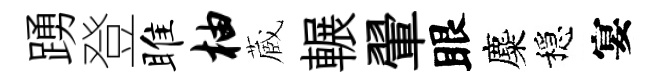
踴登雎柚蔵輾翬眼麋穩宴